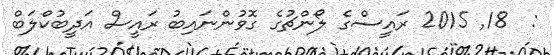
:  18